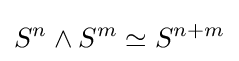
S^{n}\wedge S^{m}\simeq S^{n+m}